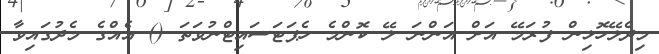
މިދެލޭހޮޅިން ފުރަމޭ އަށް އަންނަ ލޭ ކޮންމެ ހެޕަޓަސައިޓްނުވަތަ () އެއްގެ މެދުގައިވާ